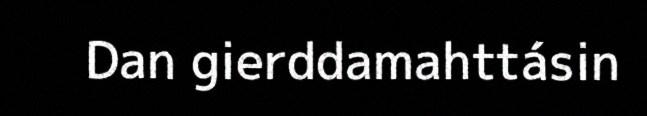
Dan gierddamahttásin